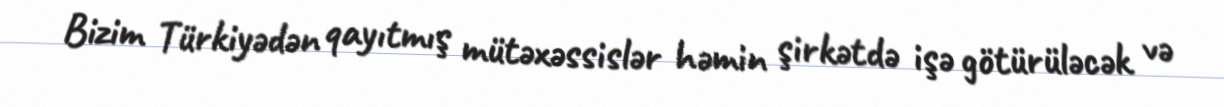
Bizim Türkiyədən qayıtmış mütəxəssislər həmin şirkətdə işə götürüləcək və